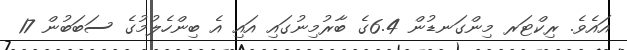
އައެވެ. ރިކްޓަރ މިންގަނޑުން 6.4ގެ ބާރުމިނުގައި އައި އެ ބިންހެލުމުގެ ސަބަބުން 17